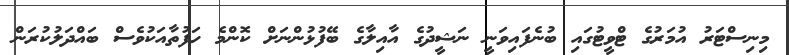
މިނިސްޓަރު އުމަރުގެ ޓްވީޓުގައި ބުނެފައިވަނީ ނަޝީދުގެ އާއިލާގެ ބޭފުޅުންނަށް ކޮންމެ ހަފުތާއަކުވެސް ބައްދަލުކުރަން